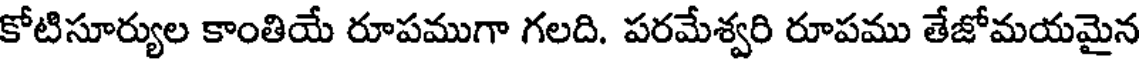
కోటిసూర్యుల కాంతియే రూపముగా గలది. పరమేశ్వరి రూపము తేజోమయమైన